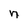
Character: n